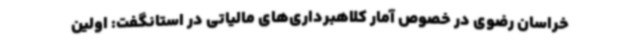
خراسان رضوی در خصوص آمار کلاهبرداری‌های مالیاتی در استانگفت: اولین